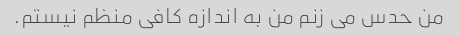
من حدس می زنم من به اندازه کافی منظم نیستم.